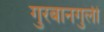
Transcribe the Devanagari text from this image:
गुरबानगुली